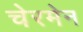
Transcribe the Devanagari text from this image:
चेरमेन